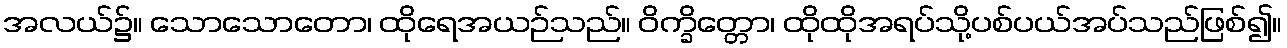
အလယ်၌။ သောသောတော၊ ထိုရေအယဉ်သည်။ ဝိက္ခိတ္တော၊ ထိုထိုအရပ်သို့ပစ်ပယ်အပ်သည်ဖြစ်၍။